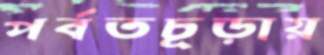
পর্বতচূড়ায়